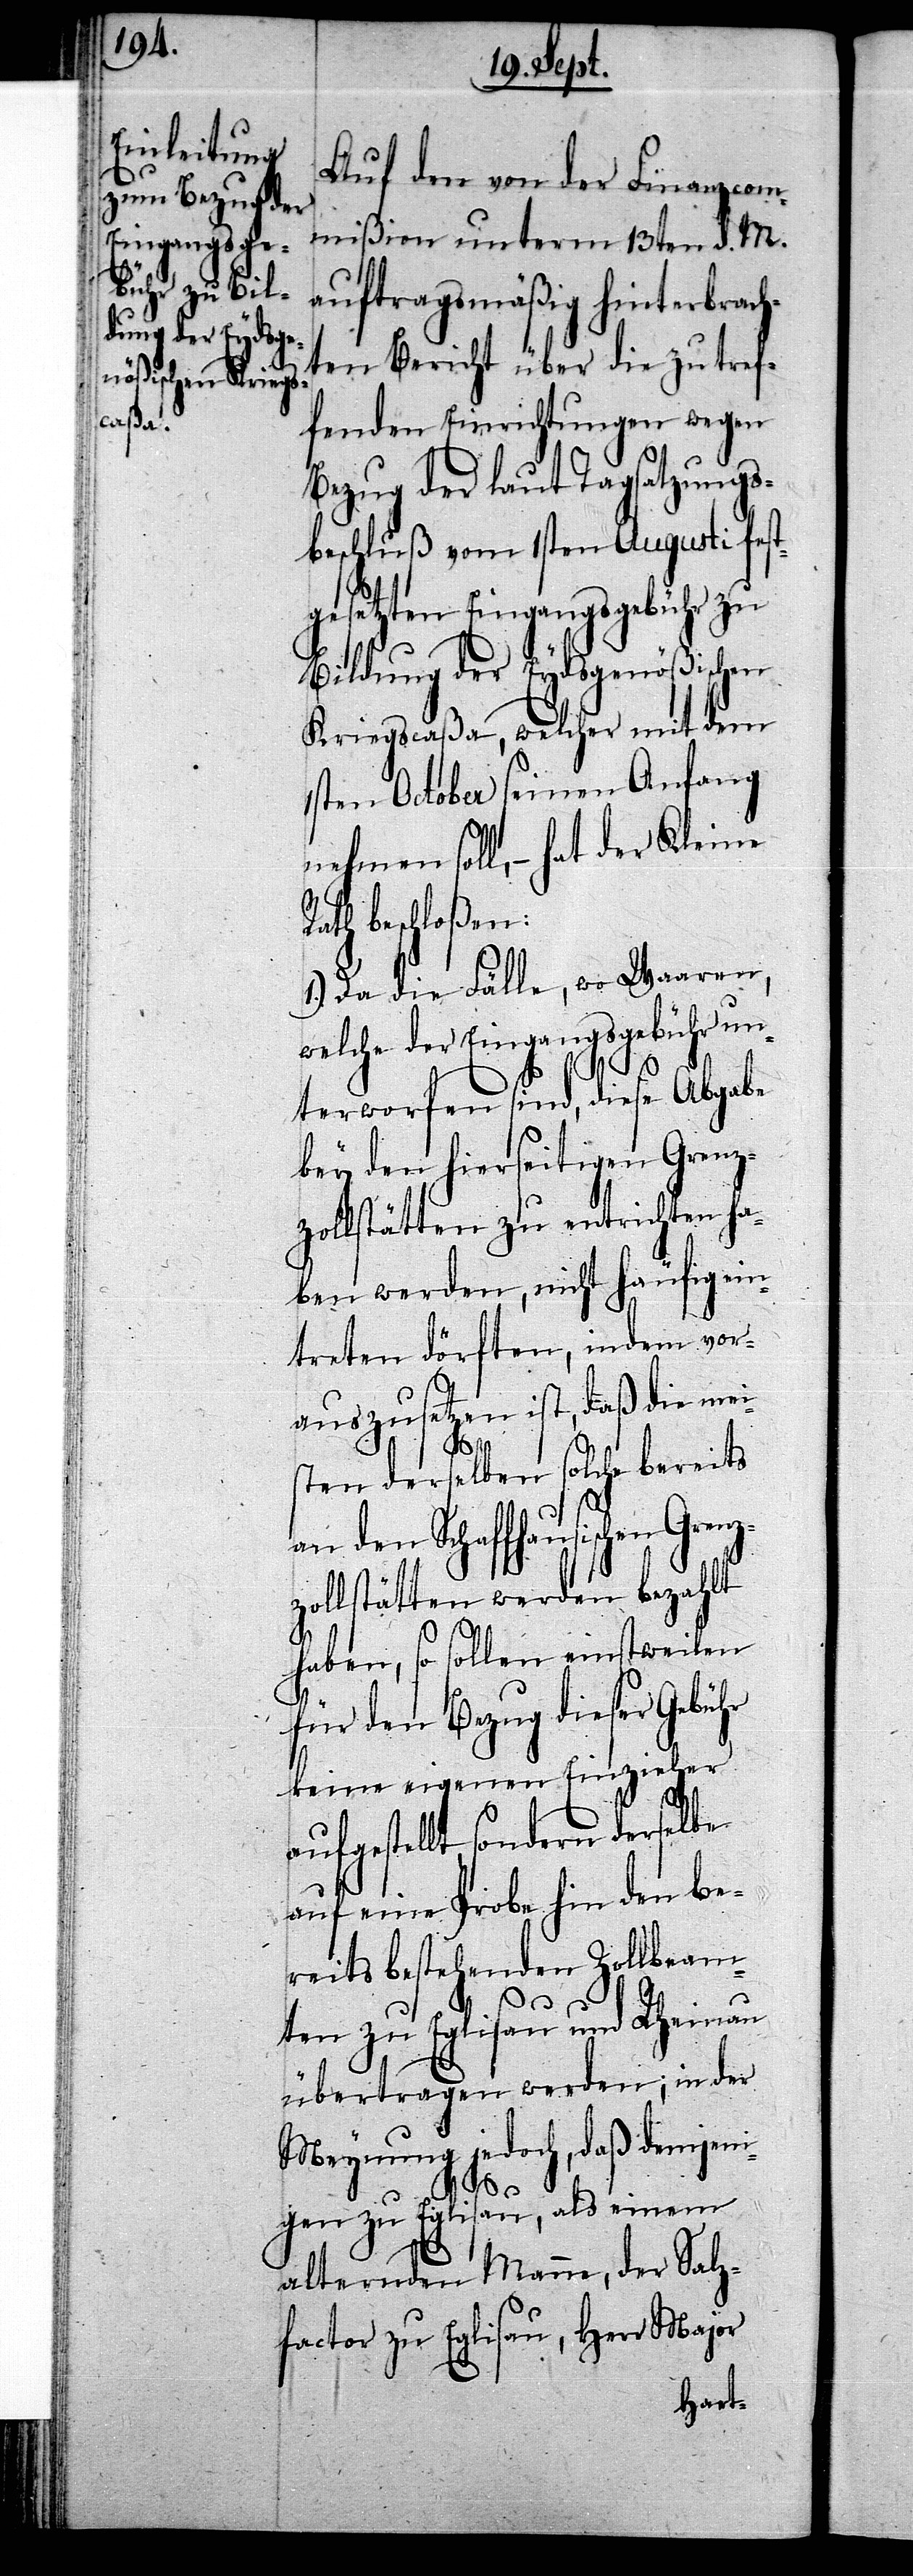
Auf den von der Finanzcom¬
mißion unterm 13ten d. M.
auftragsmäßig hinterbrach¬
ten Bericht über die zu tref¬
fenden Einrichtungen wegen
Bezug der laut Tagsatzungs¬
beschluß vom 1sten Augusti fest¬
gesetzten Eingangsgebühr zu
Bildung der Eydsgenößischen
Kriegscaßa, welcher mit dem
1sten October seinen Anfang
nehmen soll, – hat der Kleine
th beschloßen:
1.) Da die Fälle, wo Waaren,
welche der Eingangsgebühr un¬
Ra¬
terworfen sind, diese Abgabe
bey den hierseitigen Grenz¬
zollstätten zu entrichten ha¬
ben werden, nicht häufig ein¬
treten dörften, indem vor¬
auszusetzen ist, daß die mei¬
sten derselben solche bereits
an den Schaffhausischen Grenz¬
zollstätten werden bezahlt
haben, so sollen einstweilen
für den Bezug dieser Gebühr
keine eigenen Einzieher
aufgestellt, sondern derselbe
auf eine Probe hin den be¬
reits bestehenden Zollbeam¬
ten zu Eglisau und Rheinau
übertragen werden; in der
Meynung jedoch, daß demjeni¬
gen zu Eglisau, als einem
alternden Manne, der Salz¬
factor zu Eglisau, Herr Major